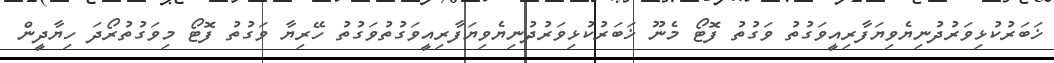
ޚަބަރުކުޅިވަރުދުނިޔެވިޔަފާރިއީވަގުތު ވަގުތު ފޮޓޯ މެނޫ ޚަބަރުކުޅިވަރުދުނިޔެވިޔަފާރިއީވަގުތުވަގުތު ހޭރިޔާ ވަގުތު ފޮޓޯ މިވަގުތުރޯދަ ހިޔާދީން